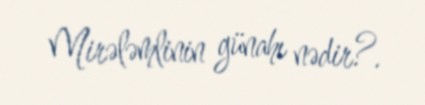
Mirələmlinin günahı nədir?.